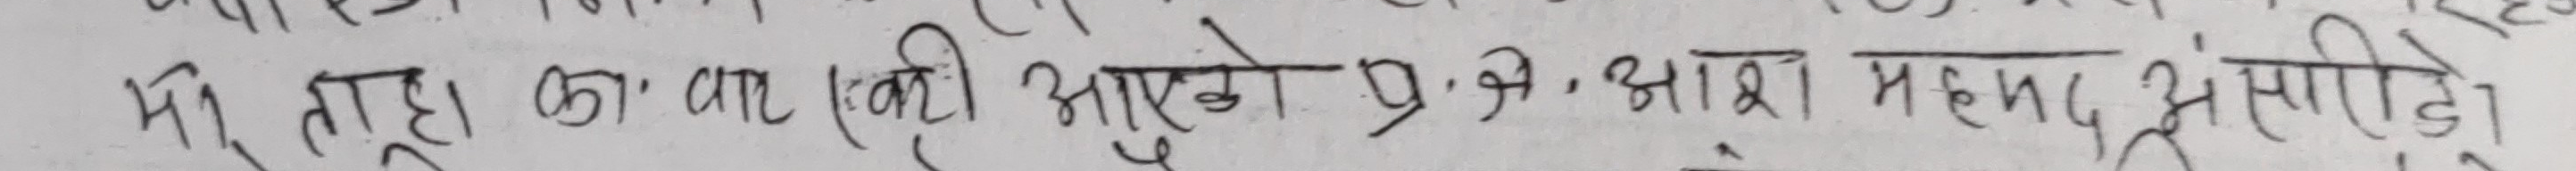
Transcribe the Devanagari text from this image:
मा ताहा का वाट (की) आएको प्र. प्र. आशा मगर, झाँसिदै ।